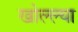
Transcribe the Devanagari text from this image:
खोल्ल्या